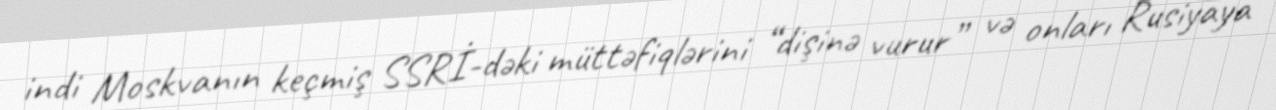
indi Moskvanın keçmiş SSRİ-dəki müttəfiqlərini “dişinə vurur” və onları Rusiyaya